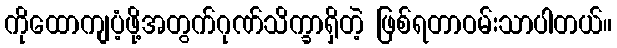
ကိုထောကျပံ့ဖို့အတွက်ဂုဏ်သိက္ခာရှိတဲ့ ဖြစ်ရတာဝမ်းသာပါတယ်။